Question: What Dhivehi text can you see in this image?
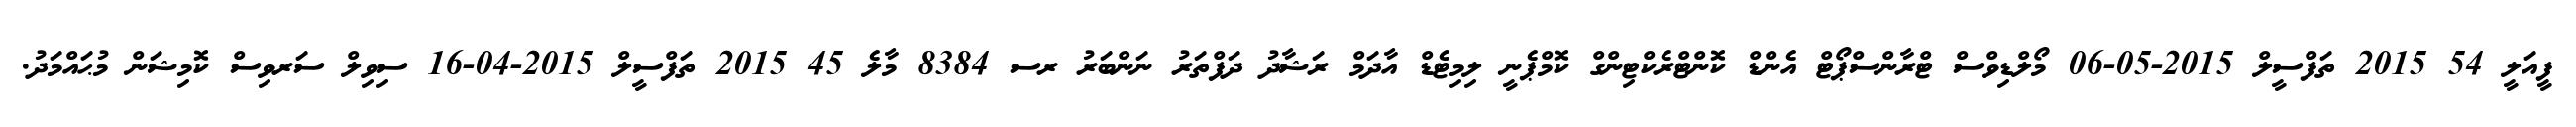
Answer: ފީއަލީ 54 2015 ތަފްސީލް 2015-05-06 މޯލްޑިވްސް ޓްރާންސްޕޯޓް އެންޑް ކޮންޓްރެކްޓިންގް ކޮމްޕެނީ ލިމިޓެޑް އާދަމް ރަޝާދު ދަފްތަރު ނަންބަރު ރސ 8384 މާލެ 45 2015 ތަފްސީލް 2015-04-16 ސިވިލް ސަރވިސް ކޮމިޝަން މުޙައްމަދު.